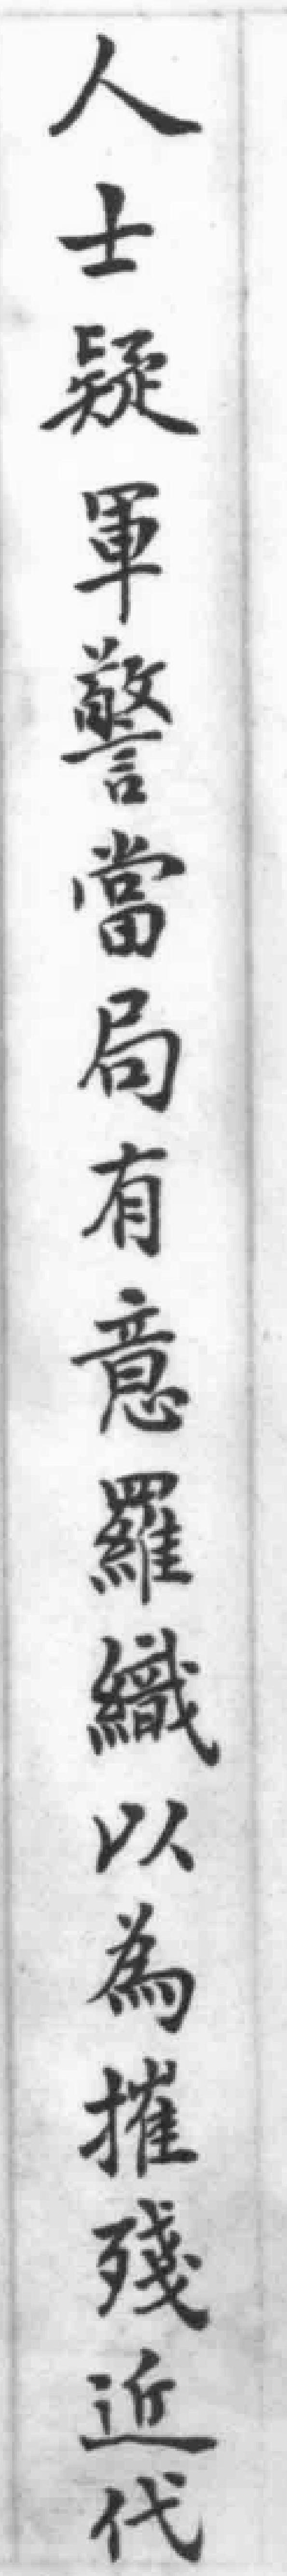
人士疑軍警當局有意羅織以為摧殘近代